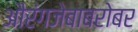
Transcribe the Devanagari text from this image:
औरंगजेबाबरोबर